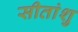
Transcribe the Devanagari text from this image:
सीतांशु